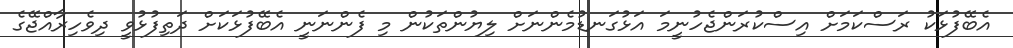
އެބޭފުޅަކު ރަސްކަމަށް އިސްކުރަންޖެހުނީމަ އަޅުގަނޑުމެންނަށް ލިޔުންތަކުން މި ފެންނަނީ އެބޭފުޅަކަށް ދަތިފުޅުވީ ދިވެހިރާއްޖޭގެ